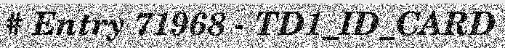
# Entry 71968 - TD1_ID_CARD